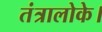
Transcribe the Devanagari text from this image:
तंत्रालोके।